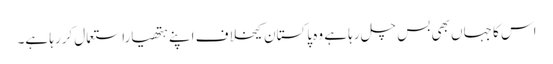
اس کا جہاں بھی بس چل رہا ہے وہ پاکستان کیخلاف اپنے ہتھیاراستعمال کررہا ہے۔